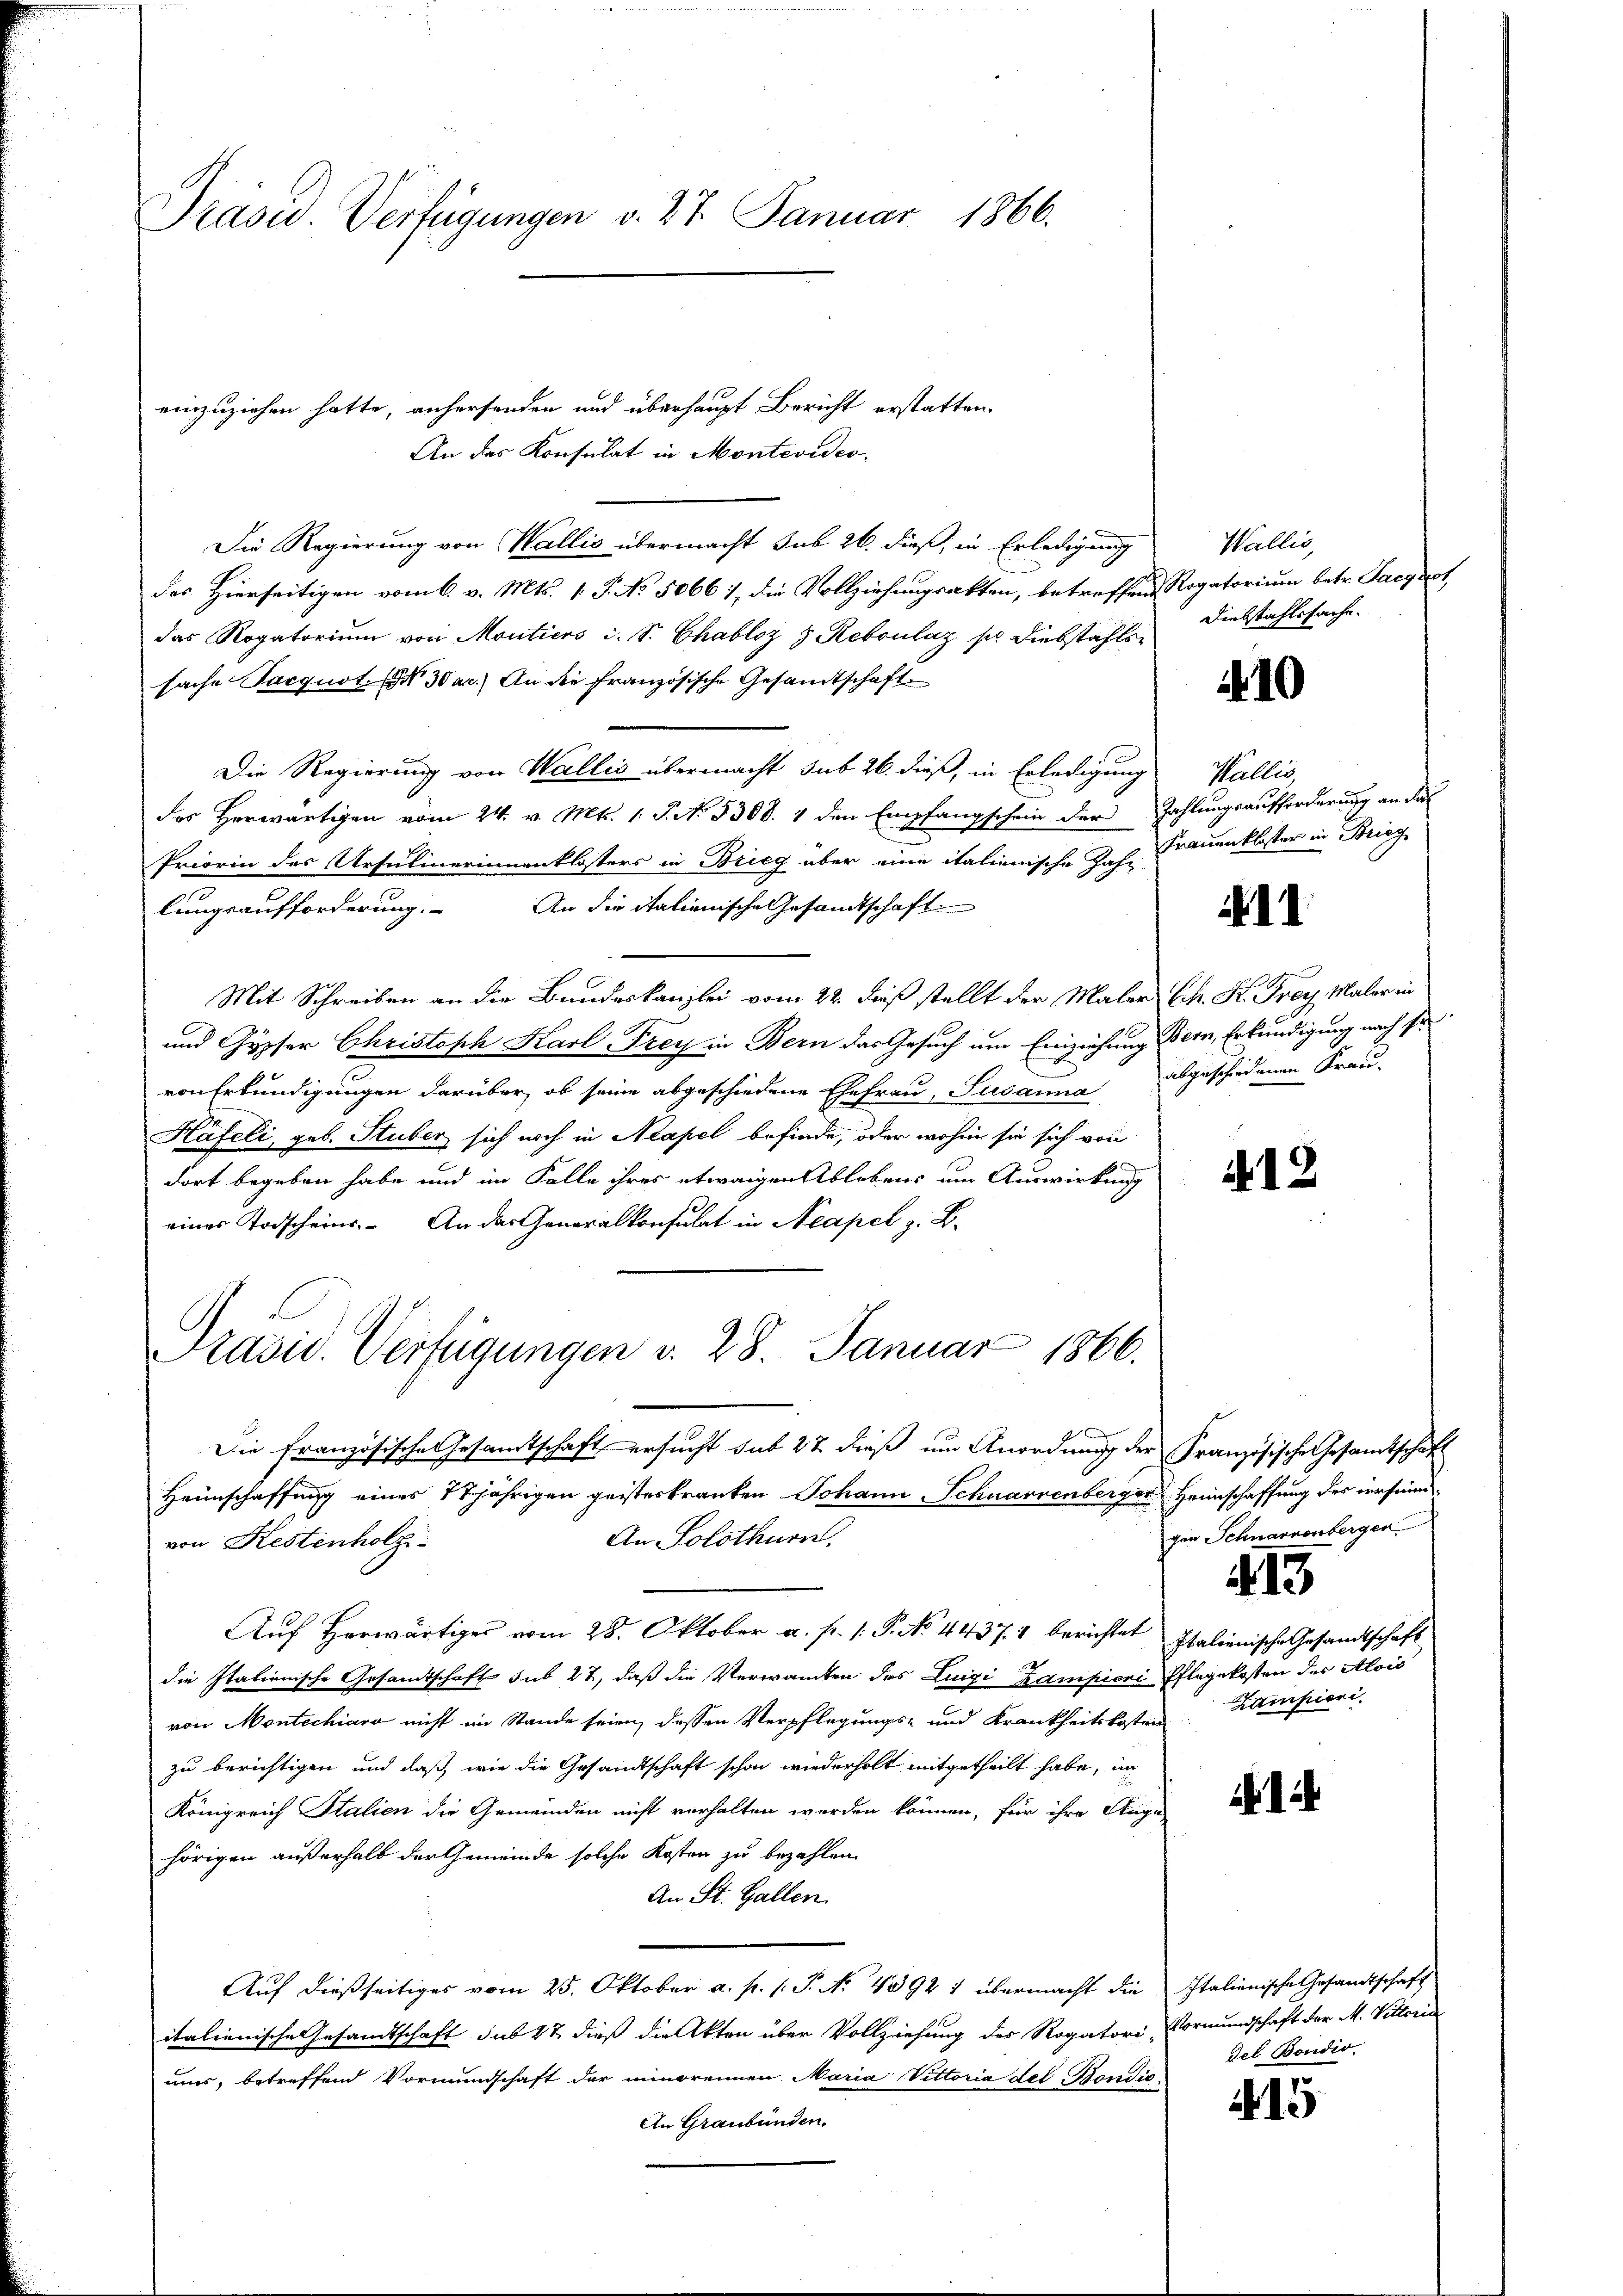
Präsid.. Verfügungen v. 27. Januar 1866.

einzuziehen hatte, anhersenden und überhaupt Bericht erstatten.
An das Konsulat in Montevideo
Die Regierung von Wallis übermacht sub 26. dieß, in Erledigung
des Hierseitigen vom 6. v. Mts. 1. J. No 5066 1, die Vollziehungsakten, betreffend Rogatorium betr. Saegot
das Rogatorium von Montiers d. S. Chabloz z. Reboulaz so Diebstahlen Diebstahlssache
sache Sacquit. § 30 ac.) An die französische Gesandtschaft.
Die Regierung von Wallis übermacht sub 26. dieß, in Erledigung
des Herwärtigen vom 24. v. Mts. 1. P. No. 5308. 1 den Empfangschein der Zahlungsaufforderung an das
Priorin des Ursulinerinnenklosters in Brieg über eine italienische Jahr Frauenkloster in Brieg
lungsaufforderung. An die italienische Gesandtschaft
Mit Schreiben an die Bundeskanzlei vom 22. dieß stellt der Maler K. K. Frey Maler in
und Gypser Christoph Karl Frey in Bern das Gesuch um Einziehung Bern, Erkundigung nach si
von Erkundigungen darüber, ob seine abgeschiedene Ehefrau, Susanna abgeschiedenen Frau-
Käfeli, geb. Stuber sich noch in Neapel befinde, oder wohin sie sich von
dort begeben habe und im Falle ihres etwaigen Ablebens um Auswirkung
eines Todscheins. An das Generalkonsulat in Neapel z. B.
Präsid. Verfügungen v. 28. Januar 1866.
d
Die französische Gesandtschaft ersucht sub 22 dieß um Anordnung der Französische Gesamtschaft
Heimschaffung eines 17jährigen geisteskranken Johann Schwarzenberger Heimschaffung des irrsinner
An Solothurn,
von Restenholz
Auf Horwärtiger vom 28. Oktober a. p. 1. P. No. 4437. 4 berichtet Italienische Gesandtschaft
die Italienische Gesandtschaft sub 27, daß die Verwanten des Luigi Kampiere Pflegekosten des Alois
von Montechiaro nicht im Stande seien, dessen Verpflegungs- und Krankheitskosten
zu berichtigen und daß, wie die Gesandtschaft schon wiederholt mitgetheilt habe, in
Königreich Italien die Gemeinden nicht verhalten werden können, für ihre Augu
hörigen außerhalb der Gemeinde solche Kosten zu bezahlen
An St. Gallen.
Auf dießseitiges vom 25. Oktober a. p. 1. P. N. 4392 1 übermacht die Italienische Gesandtschaft
italienische Gesandtschaft sub 47 dieß die Akten über Vollziehung des Rogatori Vormundschaft der M. Vittor-
ums, betreffend Vormundschaft der minorennen Maria Vittoria del Bondis
An Graubünden.

Wallis,

410

Wallis,

A 12

gen Schnarvonbergen
413
Kampioni.

14

del Bondio

5

.